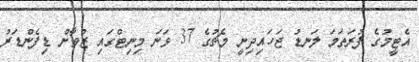
އެޓީމުގެ ފުރަތަމަ ލަނޑު ޖަހައިދިިނީ މެޗުގެ 37 ވަނަ މިނިޓްގައި ޒުވާން ޑިފެންޑަރު